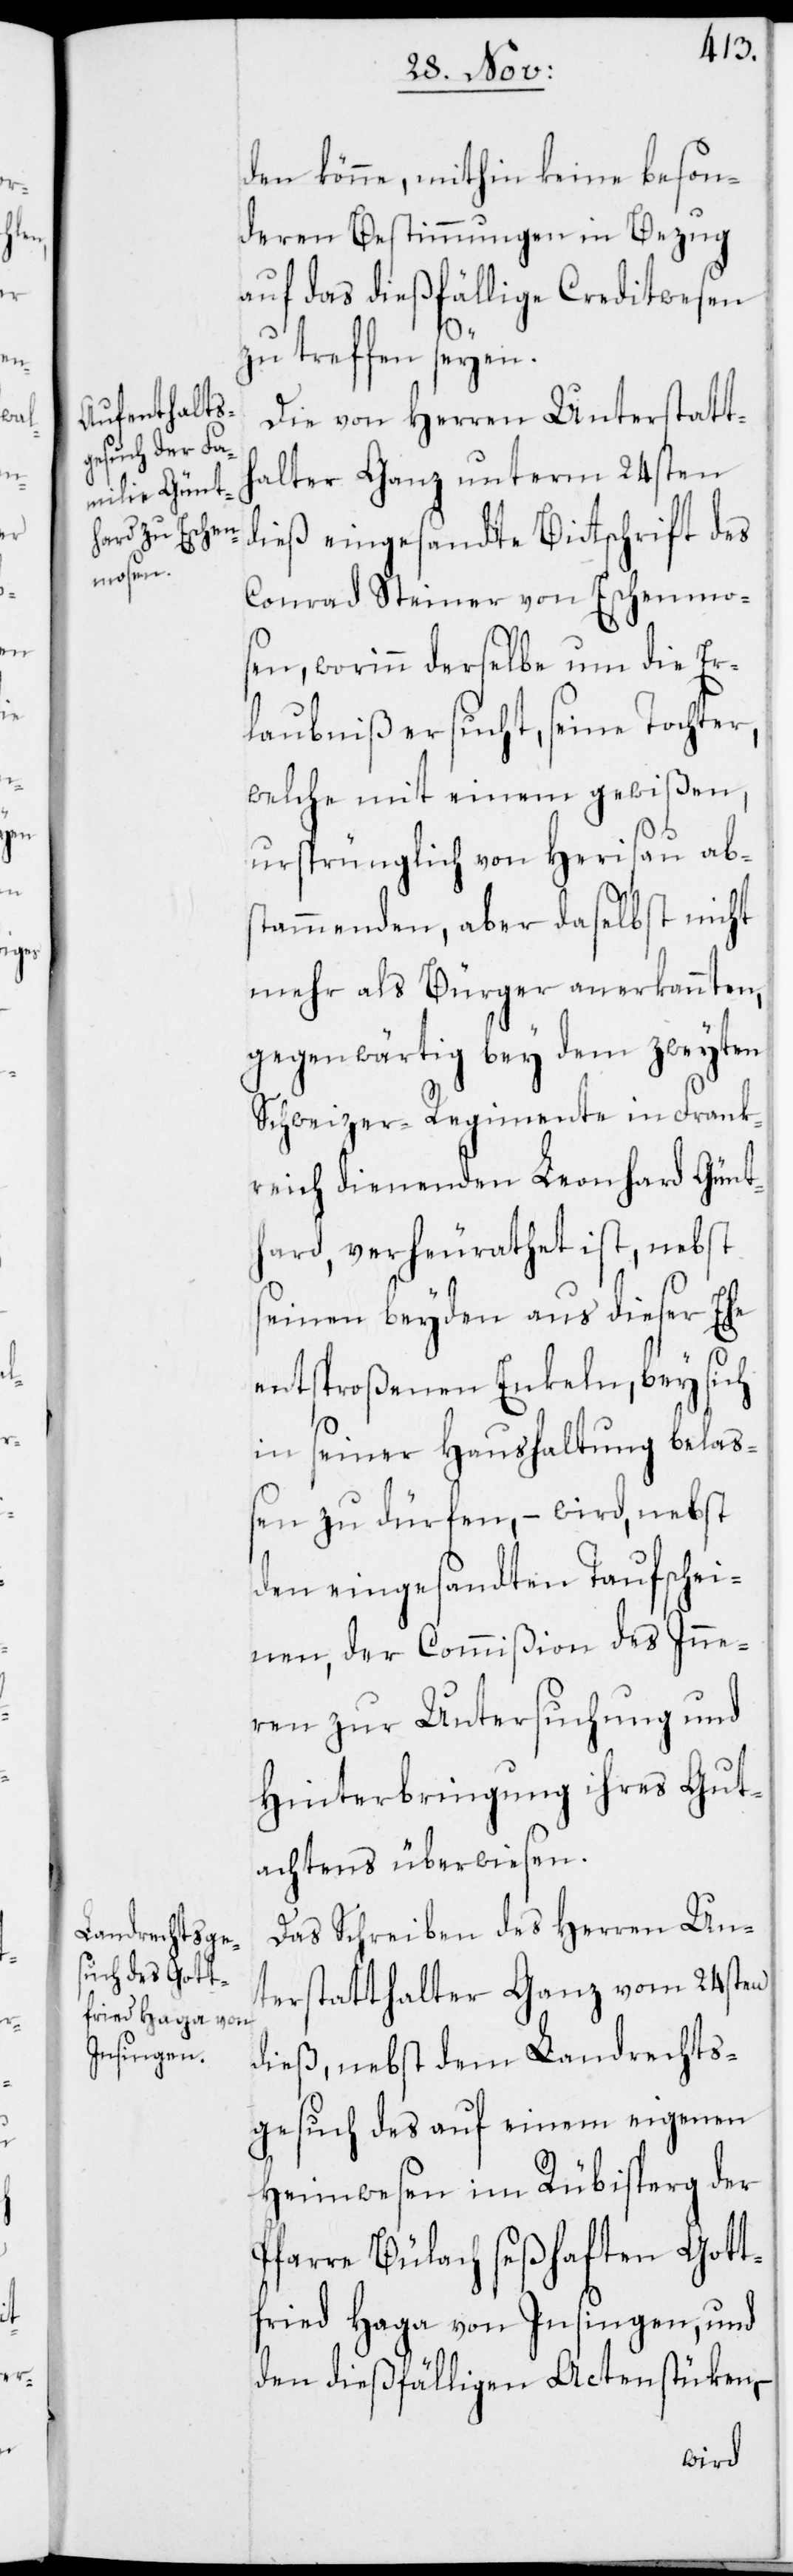
den könne, mithin keine beson¬
deren Bestimmungen in Bezug
auf das dießfällige Creditwesen
zu treffen seyen.
Die von Herren Unterstatt¬
halter Ganz unterm 24sten
dieß eingesandte Bittschrift des
Conrad Steiner von Eschenmo¬
sen, worinn derselbe um die Er¬
laubniß ersucht, seine Tochter,
welche mit einem gewißen,
ursprünglich von Herisau ab¬
stammenden, aber daselbst nicht
mehr als Bürger anerkannten,
gegenwärtig bey dem zweyten
Schweizer-Regimente in Frank¬
reich dienenden Leonhard Günt¬
hard, verheurathet ist, nebst
seinen beyden aus dieser Ehe
entsproßenen Enkeln, bey sich
in seiner Haushaltung bela¬
ßen zu dürfen, – wird, nebst
den eingesandten Taufschei¬
nen, der Commißion des Inne¬
ren zur Untersuchung und
Hinterbringung ihres Gut¬
achtens überwiesen.
Das Schreiben des Herren Un¬
terstatthalter Ganz vom 24sten
dieß, nebst dem Landrechts¬
gesuch des auf einem eigenen
Heimwesen im Rübisperg der
Pfarre Bülach seßhaften Gott¬
fried Haga von Insingen, und
den dießfälligen Actenstüken,